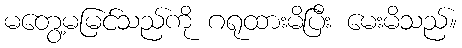
မတွေ့မမြင်သည်ကို ဂရုထားမိပြီး မေးမိသည်။